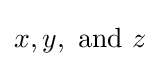
x,y,{\text{ and }}z